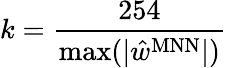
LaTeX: k=\frac{254}{\operatorname*{max}(|\hat{w}^{\mathrm{MNN}}|)}